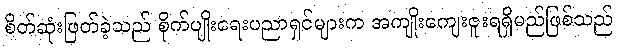
စိတ်ဆုံးဖြတ်ခဲ့သည် စိုက်ပျိုးရေးပညာရှင်များက အကျိုးကျေးဇူးရရှိမည်ဖြစ်သည်